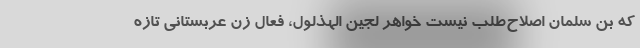
که بن سلمان اصلاح‌طلب نیست خواهر لجین الهذلول، فعال زن عربستانی تازه